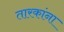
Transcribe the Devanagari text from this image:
तारकांना